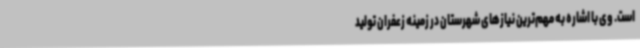
است. وی با اشاره به مهم‌ترین نیازهای شهرستان در زمینه زعفران تولید